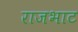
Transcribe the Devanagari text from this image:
राजभाट